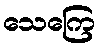
သေကြေ